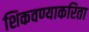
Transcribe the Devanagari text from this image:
शिकवण्याकरिता